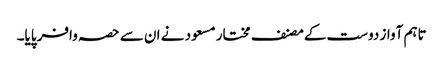
تاہم آواز دوست کےمصنف مختار مسعود نے ان سے حصہ وافر پایا۔